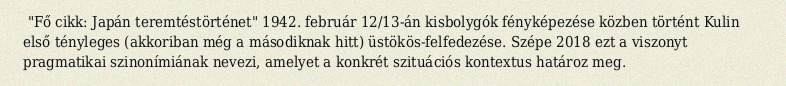
"Fő cikk: Japán teremtéstörténet" 1942. február 12/13-án kisbolygók fényképezése közben történt Kulin első tényleges (akkoriban még a másodiknak hitt) üstökös-felfedezése. Szépe 2018 ezt a viszonyt pragmatikai szinonímiának nevezi, amelyet a konkrét szituációs kontextus határoz meg.